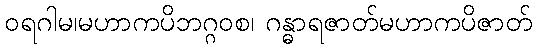
ဝရဂါမ၊မဟာကပိဘဂ္ဂဝစ၊ ဂန္ဓာရဇာတ်မဟာကပိဇာတ်